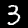
Label: 3